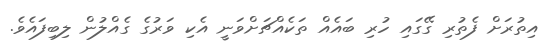
އިތުރަށް ފެތުރި ގޭގައި ހުރި ބައެއް ތަކެއްޗަށްވަނީ އެކި ވަރުގެ ގެއްލުން ލިބިފައެވެ.